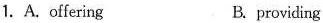
1.A. offering B. providling